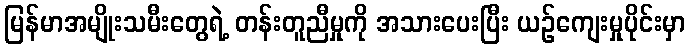
မြန်မာအမျိုးသမီးတွေရဲ့ တန်းတူညီမှုကို အသားပေးပြီး ယဉ်ကျေးမှုပိုင်းမှာ